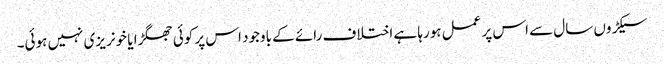
سیکڑوں سال سے اس پر عمل ہورہا ہے اختلاف رائے کے باوجود اس پر کوئی جھگڑا یا خونریزی نہیں ہوئی۔